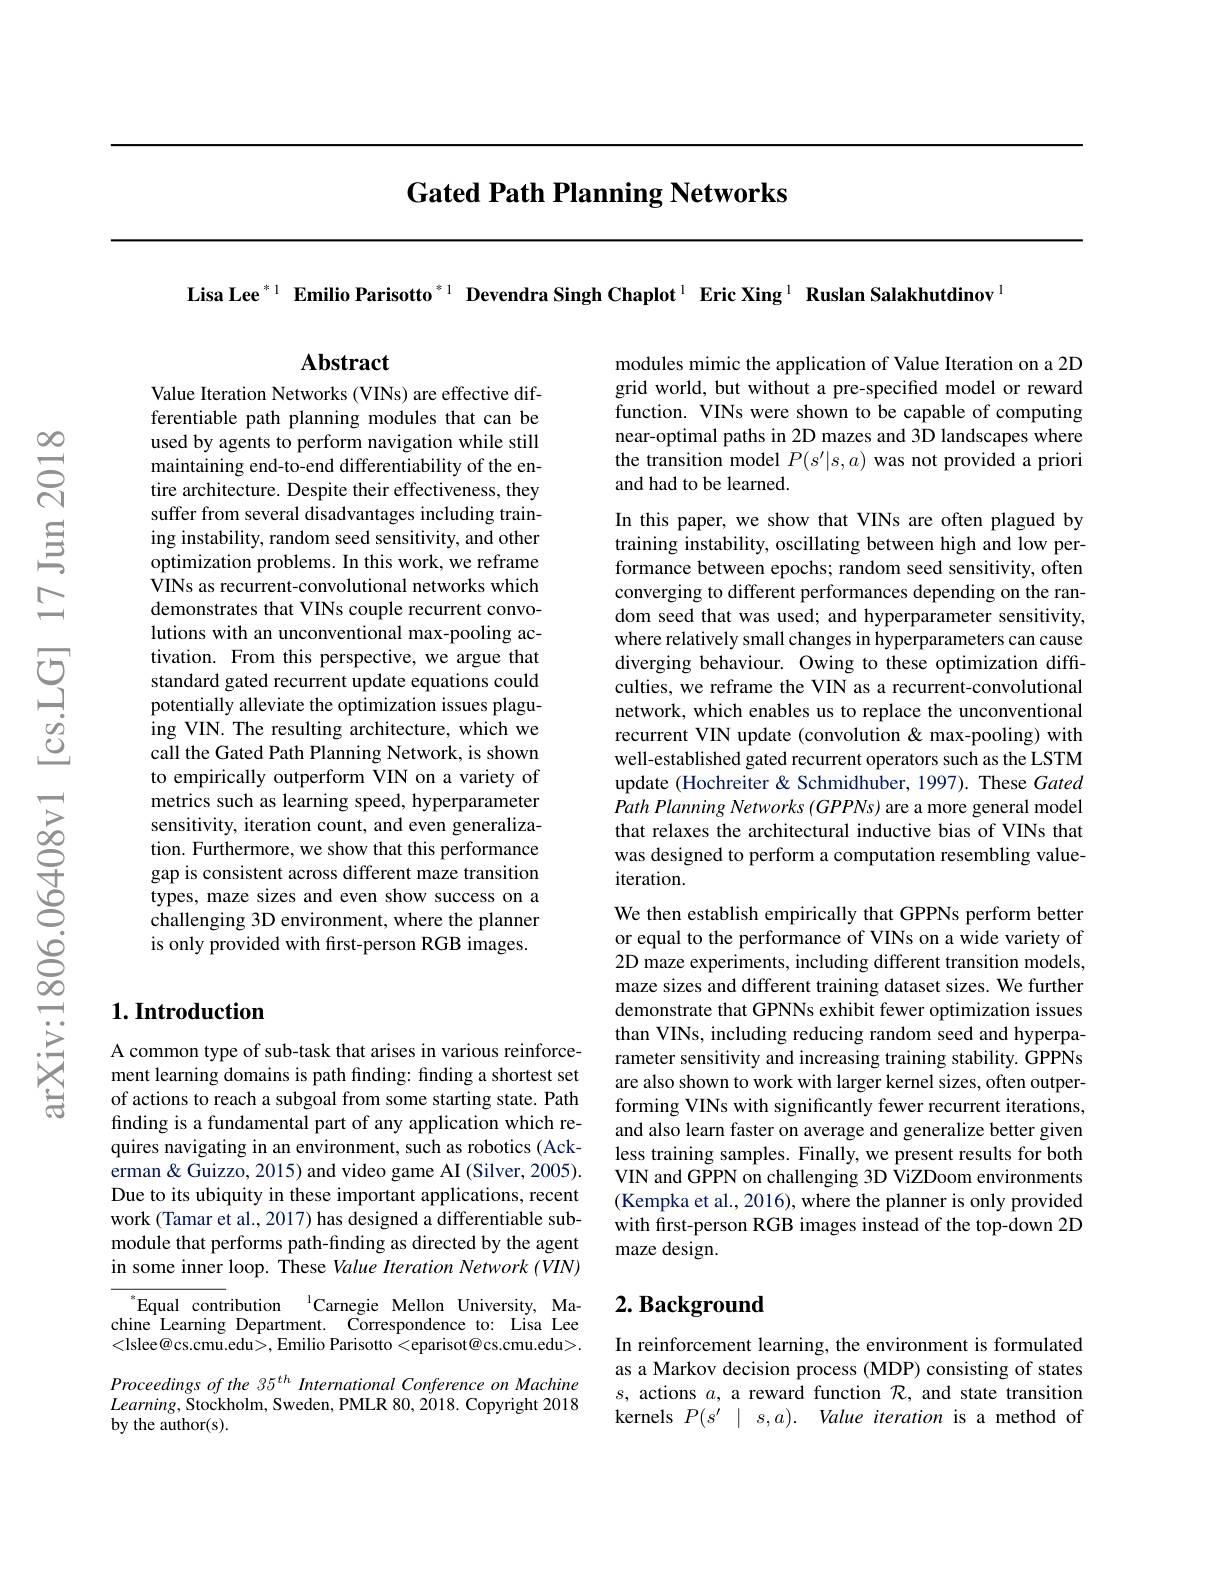
## Gated Path Planning Networks

Lisa Lee $^{*1}$ Emilio Parisotto$^{*1}$ Devendra Singh Chaplot$^{1}$ Eric Xing$^{1}$ Ruslan Salakhutdinov$^{1}$

$\mathbf{Abstract}$

modules mimic the application of Value Iteration on a 2D grid world, but without a pre-specified model or reward function. VINs were shown to be capable of computing near-optimal paths in 2D mazes and 3D landscapes where the transition model $P(s^\prime|s,a)$ was not provided a priori and had to be learned.

Value Iteration Networks (VINs) are effective differentiable path planning modules that can be used by agents to perform navigation while still maintaining end-to-end differentiability of the entire architecture. Despite their effectiveness, they suffer from several disadvantages including training instability, random seed sensitivity, and other optimization problems. In this work, we reframe VINs as recurrent-convolutional networks which demonstrates that VINs couple recurrent convolutions with an unconventional max-pooling activation. From this perspective, we argue that standard gated recurrent update equations could potentially alleviate the optimization issues plaguing VIN. The resulting architecture, which we call the Gated Path Planning Network, is shown to empirically outperform VIN on a variety of metrics such as learning speed, hyperparameter sensitivity, iteration count, and even generalization. Furthermore, we show that this performance gap is consistent across different maze transition types, maze sizes and even show success on a challenging 3D environment, where the planner is only provided with first-person RGB images.

In this paper, we show that VINs are often plagued by training instability, oscillating between high and low performance between epochs; random seed sensitivity, often converging to different performances depending on the random seed that was used; and hyperparameter sensitivity, where relatively small changes in hyperparameters can cause diverging behaviour. Owing to these optimization difficulties, we reframe the VIN as a recurrent-convolutional network, which enables us to replace the unconventional recurrent VIN update (convolution & max-pooling) with well-established gated recurrent operators such as the LSTM update (Hochreiter & Schmidhuber, 1997). These Gated Path Planning Networks $(GPPNs)$ are a more general model that relaxes the architectural inductive bias of VINs that was designed to perform a computation resembling valueiteration.

We then establish empirically that GPPNs perform better or equal to the performance of VINs on a wide variety of 2D maze experiments, including different transition models, maze sizes and different training dataset sizes. We further demonstrate that GPNNs exhibit fewer optimization issues than VINs, including reducing random seed and hyperparameter sensitivity and increasing training stability. GPPNs are also shown to work with larger kernel sizes, often outperforming VINs with significantly fewer recurrent iterations, and also learn faster on average and generalize better given less training samples. Finally, we present results for both VIN and GPPN on challenging 3D ViZDoom environments (Kempka et al., 2016), where the planner is only provided with first-person RGB images instead of the top-down 2D maze design.

## $1. \textbf{Introduction}$

A common type of sub-task that arises in various reinforcement learning domains is path finding: finding a shortest set of actions to reach a subgoal from some starting state. Path finding is a fundamental part of any application which requires navigating in an environment, such as robotics (Ackerman& Guizzo, 2015) and video game AI (Silver, 2005). Due to its ubiquity in these important applications, recent work (Tamar et al., 2017) has designed a differentiable submodule that performs path-finding as directed by the agent in some inner loop. These Value Iteration Network (VIN)

# $2. \textbf{ Background}$

$\mathrm{Equal~contribution~}^{\mathrm{I}}$Carnegie Mellon University, Machine Learning Department. Correspondence to: Lisa Lee <lslee@cs.cmu.edu>, Emilio Parisotto<eparisot@cs.cmu.edu>. Proceedings of the 35$^{th}$ International Conference on Machine $Learning$,Stockholm, Sweden, PMLR 80, 2018. Copyright 2018 by the author(s).

In reinforcement learning, the environment is formulated as a Markov decision process (MDP) consisting of states $s$, actions $a$, a reward function $\mathcal{R}$, and state transition kernels $P( s^{\prime }\mid s, a) .$ Value iteration is a method of